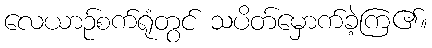
လေယာဉ်စက်ရုံတွင် သပိတ်မှောက်ခဲ့ကြ၏။